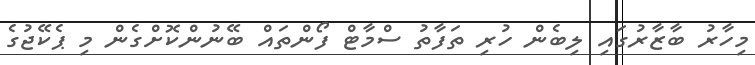
މިހާރު ބާޒާރުގައި ލިބެން ހުރި ތަފާތު ސްމާޓް ފޯންތައް ބޭނުންކޮށްގެން މި ޕެކޭޖުގެ